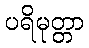
ပရိမုတ္တာ